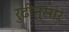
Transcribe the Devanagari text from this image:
रुढीनुसार